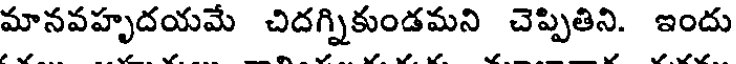
మానవహృదయమే చిదగ్నికుండమని చెప్పితిని. ఇందు